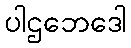
ပါဌဘေဒေါ